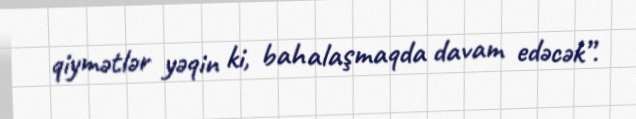
qiymətlər yəqin ki, bahalaşmaqda davam edəcək”.